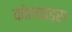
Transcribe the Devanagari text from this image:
कोलाइड्स